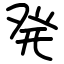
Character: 発